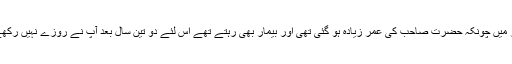
آخر میں چونکہ حضرت صاحب کی عمر زیادہ ہو گئی تھی اور بیمار بھی رہتے تھے اس لئے دو تین سال بعد آپؑ نے روزے نہیں رکھے ۔